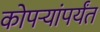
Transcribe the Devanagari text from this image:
कोपर्‍यांपर्यंत